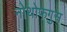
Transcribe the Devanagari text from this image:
नोथोफगुस